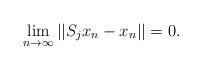
LaTeX: \begin{align*}\lim_{n\to\infty}||S_{j}x_n-x_n||=0.\end{align*}